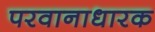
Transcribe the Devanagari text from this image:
परवानाधारक